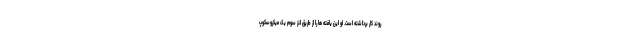
روند کار برداشته است. او این یافته ها را از طریق لنز سوم یک میکروسکوپ